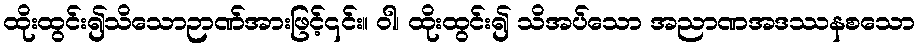
ထိုးထွင်း၍သိသောဉာဏ်အားဖြင့်၎င်း။ ဝါ၊ ထိုးထွင်း၍ သိအပ်သော အညာဏအဒဿနစသော